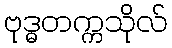
ဗုဒ္ဓတက္ကသိုလ်